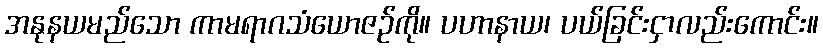
အနုနယမည်သော ကာမရာဂသံယောဇဉ်ကို။ ပဟာနာယ၊ ပယ်ခြင်းငှာလည်းကောင်း။